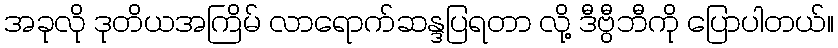
အခုလို ဒုတိယအကြိမ် လာရောက်ဆန္ဒပြရတာ လို့ ဒီဗွီဘီကို ပြောပါတယ်။